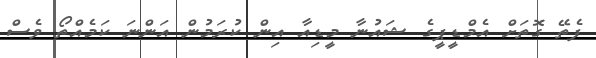
ފެތޭ ގޮތަށް އެމްޑީޕީގެ ޝައުނާ މީޑިއާ އިން ކުރަމުން އަންނަ ކަމެއްތޯ ވެސް